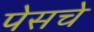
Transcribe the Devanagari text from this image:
पेसचे